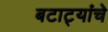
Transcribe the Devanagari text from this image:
बटाट्यांचे